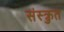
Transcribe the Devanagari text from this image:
संस्क्रुत